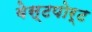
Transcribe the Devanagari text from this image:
वेस्‍टपोर्ट